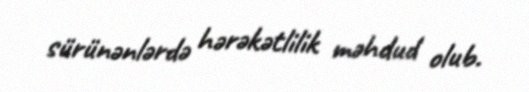
sürünənlərdə hərəkətlilik məhdud olub.